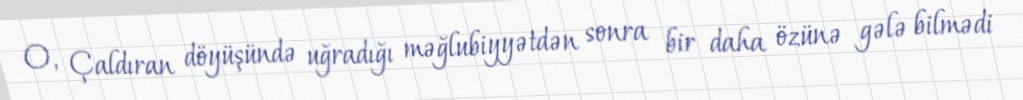
O, Çaldıran döyüşündə uğradığı məğlubiyyətdən sonra bir daha özünə gələ bilmədi